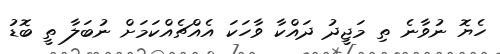
ހެޔޮ ނުވާނެ ތި މަޖީދު ދައްކާ ވާހަކަ އެއްޗެއްކަމަށް ނުބަލާ ތީ ބޮޑު